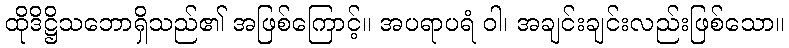
ထိုဒိဋ္ဌိသဘောရှိသည်၏ အဖြစ်ကြောင့်။ အပရာပရံ ဝါ၊ အချင်းချင်းလည်းဖြစ်သော။